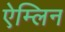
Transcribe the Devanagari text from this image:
ऐम्लिन